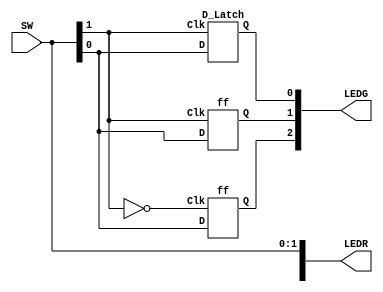
module lab3_4 (input [1:0] SW, output [2:0] LEDR, LEDG);
  assign LEDR[1:0] = SW[1:0];
 
  wire Q;

  D_Latch DL (SW[1], SW[0], LEDG[0]);
  ff ff0 (SW[1], SW[0], LEDG[1]);
  ff ff1 (~SW[1], SW[0], LEDG[2]);
endmodule

module D_Latch (input Clk, D, output reg Q);
  always @ (D, Clk)
    if(Clk)
		Q = D;
endmodule

module ff (input Clk, D, output Q);
  wire Qm;
  
  D_Latch DL0 (~Clk, D, Qm);
  D_Latch DL1 (Clk, Qm, Q);
endmodule